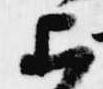
上